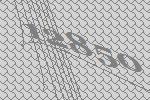
12850